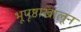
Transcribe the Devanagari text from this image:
भूपृष्ठाखालून